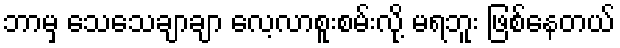
ဘာမှ သေသေချာချာ လေ့လာစူးစမ်းလို့ မရဘူး ဖြစ်နေတယ်